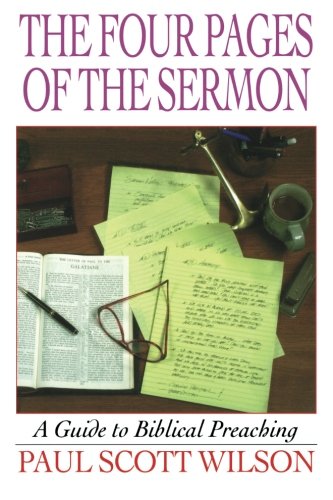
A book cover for The Four Pages of the Sermon: A Guide to Biblical Preaching; Paul Scott Wilson; Christian Books & Bibles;